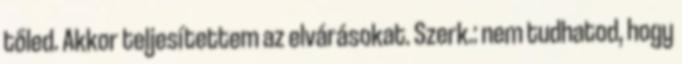
tőled. Akkor teljesítettem az elvárásokat. Szerk.: nem tudhatod, hogy